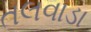
તલવાડા